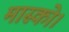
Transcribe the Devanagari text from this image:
मास्को।